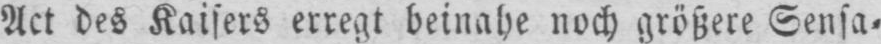
Act des Kaisers erregt beinahe noch größere Sensa⸗